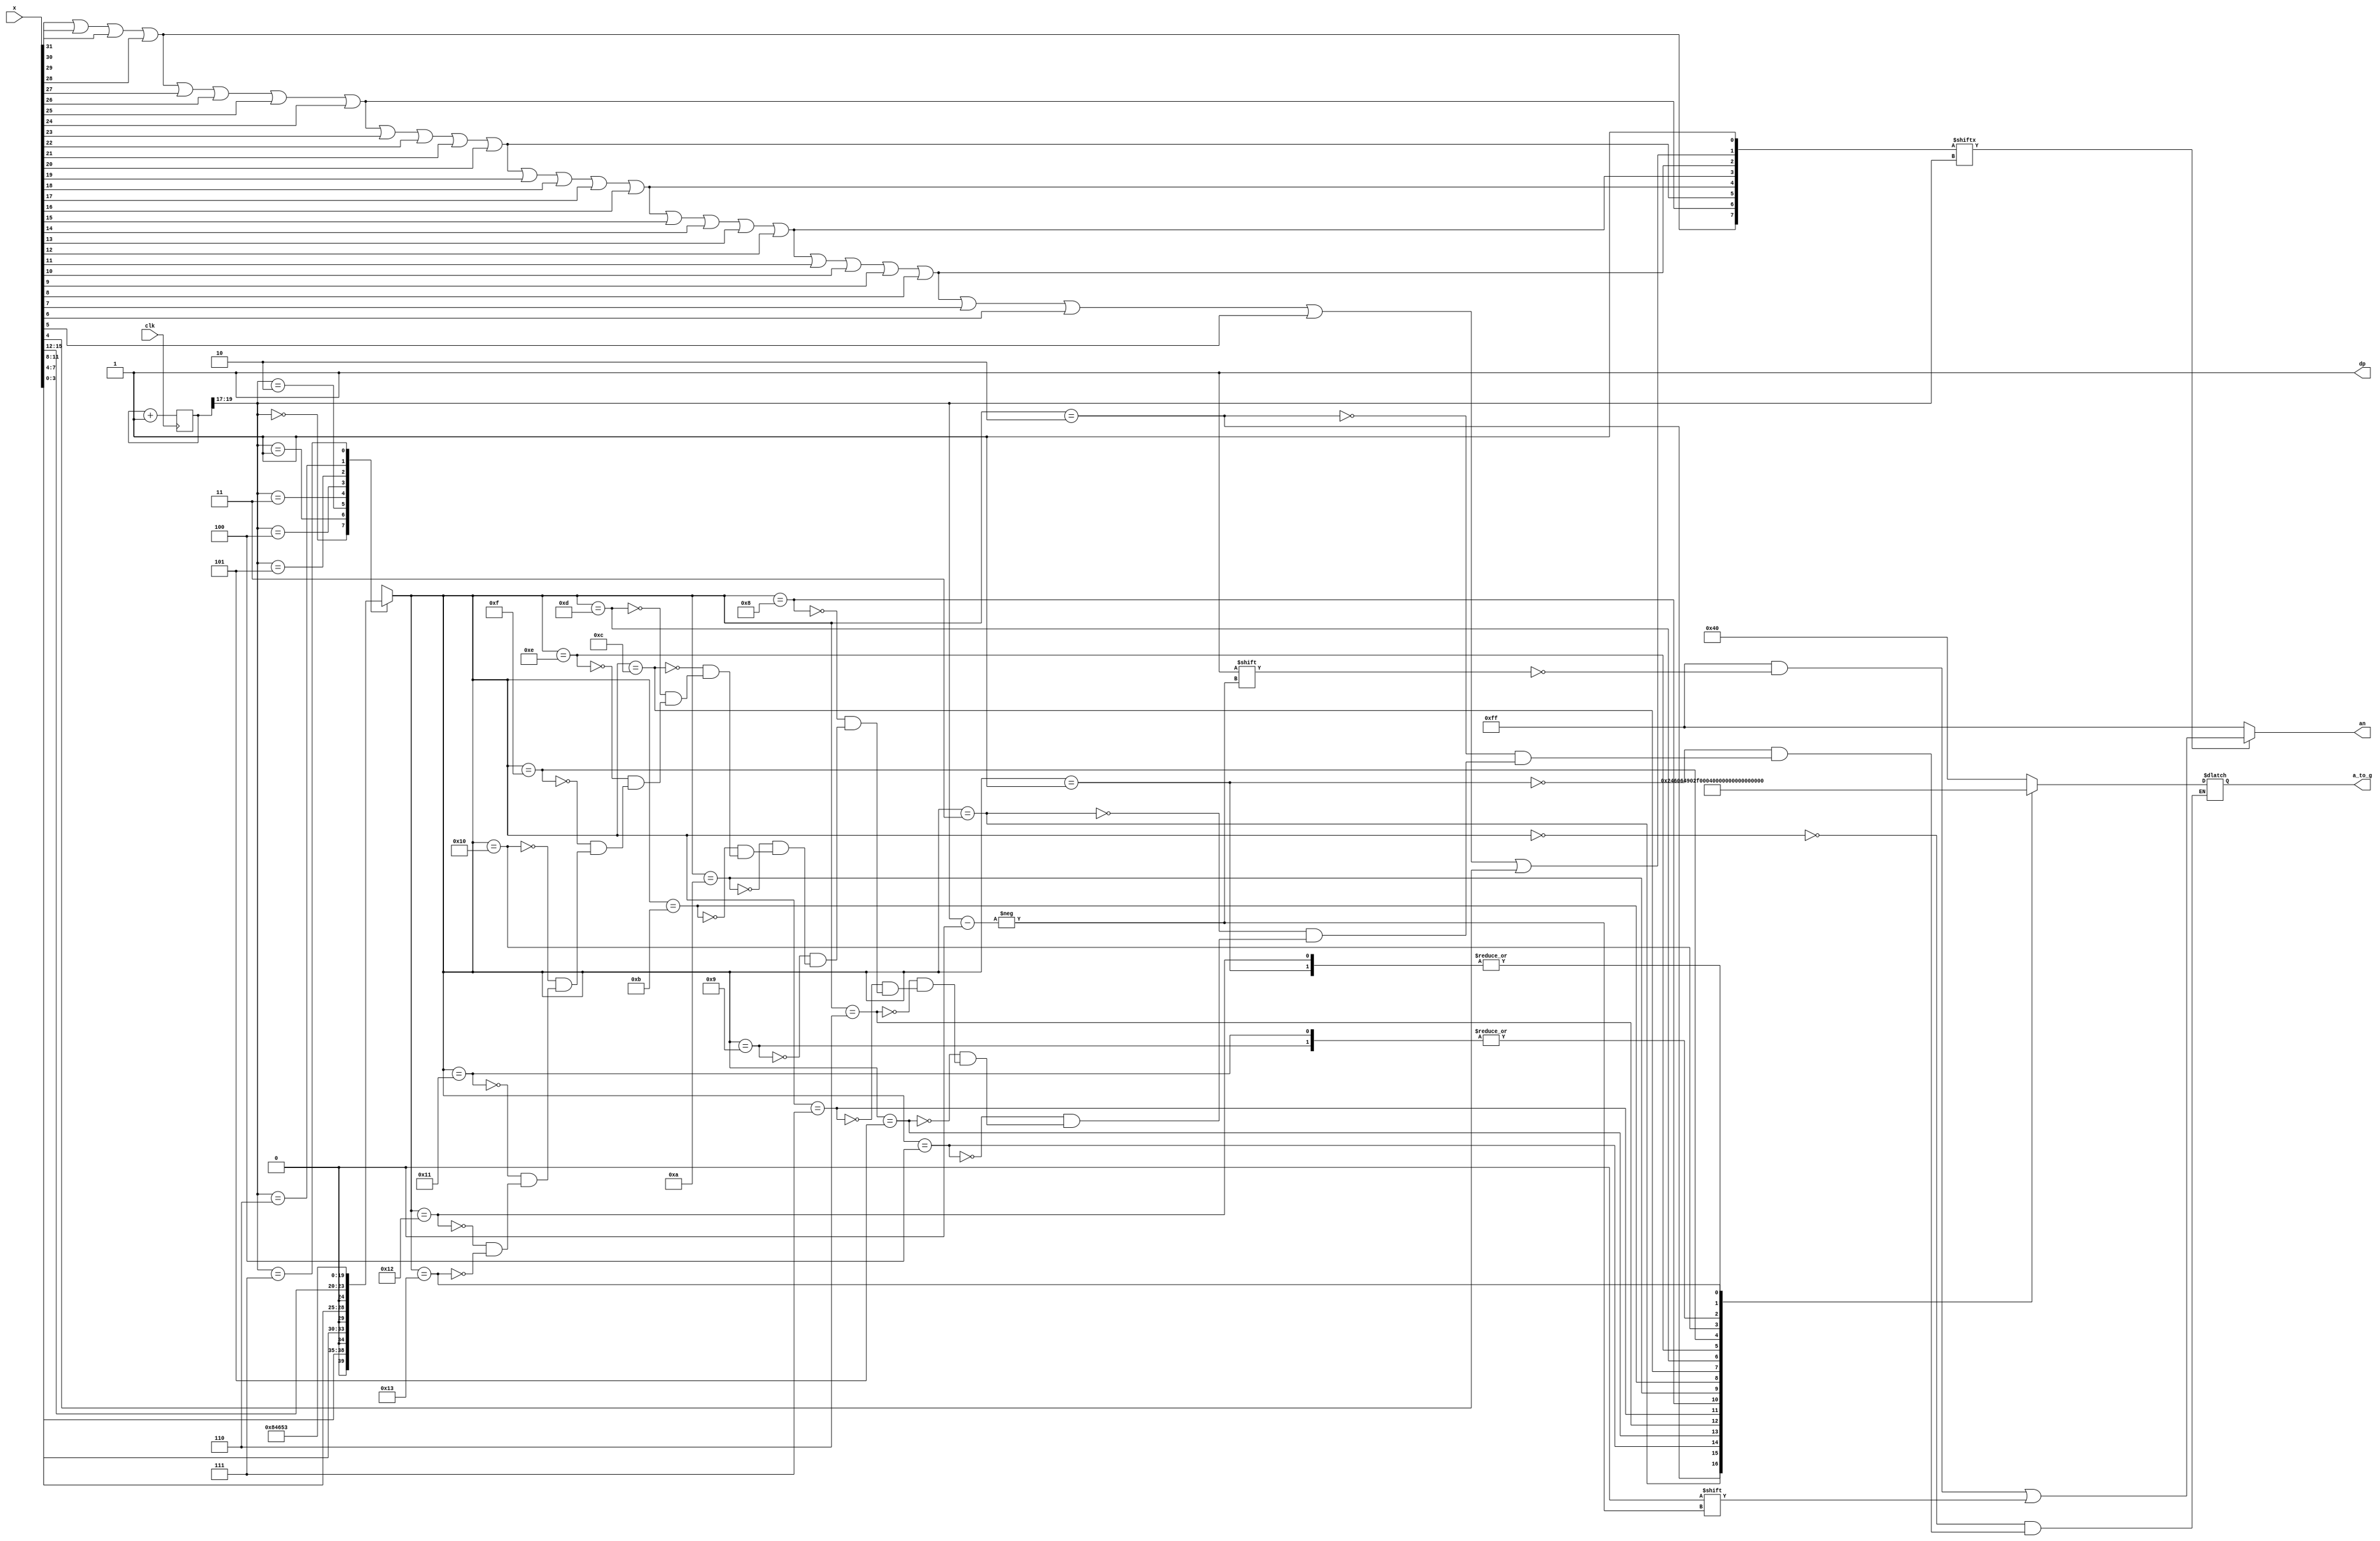
module x7segbc(
    input wire clk,
	input wire [31:0] x,
	output reg [ 6:0] a_to_g,
	output reg [ 7:0] an,
	output wire dp
	);
	
	wire [ 2:0] s;
	reg  [ 4:0] digit;
	wire [ 7:0] aen;
	reg  [19:0] clkdiv;

	assign dp = 1;
	assign s  = clkdiv[19:17];
	
	// Set aen[7:0] for leading blanks
	assign aen[7] = x[31] | x[30] | x[29] | x[28];
	assign aen[6] = x[31] | x[30] | x[29] | x[28] |
					x[27] | x[26] | x[25] | x[24];
	assign aen[5] = x[31] | x[30] | x[29] | x[28] |
					x[27] | x[26] | x[25] | x[24] |
					x[23] | x[22] | x[21] | x[20];
	assign aen[4] = x[31] | x[30] | x[29] | x[28] |
					x[27] | x[26] | x[25] | x[24] |
					x[23] | x[22] | x[21] | x[20] |
					x[19] | x[18] | x[17] | x[16];
	assign aen[3] = x[31] | x[30] | x[29] | x[28] |
					x[27] | x[26] | x[25] | x[24] |
					x[23] | x[22] | x[21] | x[20] |
					x[19] | x[18] | x[17] | x[16] |
					x[15] | x[14] | x[13] | x[12];
	assign aen[2] = x[31] | x[30] | x[29] | x[28] |
					x[27] | x[26] | x[25] | x[24] |
					x[23] | x[22] | x[21] | x[20] |
					x[19] | x[18] | x[17] | x[16] |
					x[15] | x[14] | x[13] | x[12] |
					x[11] | x[10] | x[ 9] | x[ 8];
	assign aen[1] = x[31] | x[30] | x[29] | x[28] |
					x[27] | x[26] | x[25] | x[24] |
					x[23] | x[22] | x[21] | x[20] |
					x[19] | x[18] | x[17] | x[16] |
					x[15] | x[14] | x[13] | x[12] |
					x[11] | x[10] | x[ 9] | x[ 8] |
					x[ 7] | x[ 6] | x[ 5] | x[ 4];
	assign aen[0] = 1;	// Digit 0 always on
	
	// MUX 8 to 1
	always @*
		case (s)
			0: digit       = {1'b0, x[ 3: 0]};
			1: digit       = {1'b0, x[ 7: 4]};
			2: digit       = {1'b0, x[11: 8]};
			3: digit       = {1'b0, x[15:12]};
			4: digit       = 5'b1_0000;
			5: digit       = 5'b1_0001;
			6: digit       = 5'b1_0010;
			7: digit       = 5'b1_0011;
			default: digit = {1'b0, x[ 3: 0]};
		endcase
	
	// hex7seg
	always @*
		case (digit)
			0: a_to_g       = 7'b1000000;
			1: a_to_g       = 7'b1111001;
			2: a_to_g       = 7'b0100100;
			3: a_to_g       = 7'b0110000;
			4: a_to_g       = 7'b0011001;
			5: a_to_g       = 7'b0010010;
			6: a_to_g       = 7'b0000010;
			7: a_to_g       = 7'b1111000;
			8: a_to_g       = 7'b0000000;
			9: a_to_g       = 7'b0010000;
			'hA: a_to_g     = 7'b0001000;
			'hB: a_to_g     = 7'b0000011;
			'hC: a_to_g     = 7'b1000110;
			'hD: a_to_g     = 7'b0100001;
			'hE: a_to_g     = 7'b0000110;
			'hF: a_to_g     = 7'b0001110;
			// User defined character
			'h10: a_to_g    = 7'b0001011;	// h
			'h11: a_to_g    = 7'b0010000;	// g
			'h12: a_to_g    = 7'b1111001;	// I
			'h13: a_to_g    = 7'b0001001;	// H
		endcase
	
	// Digit select
	always @*
	begin
		an = 8'b1111_1111;
		if (aen[s] == 1)
			an[s] = 0;
	end
	
	// Clock divider
	always @ (posedge clk)
	begin
		clkdiv <= clkdiv + 1;
	end
	
endmodule